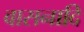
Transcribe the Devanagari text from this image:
वासनादि